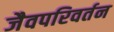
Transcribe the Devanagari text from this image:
जैवपरिवर्तन